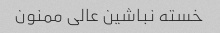
خسته نباشین عالی ممنون